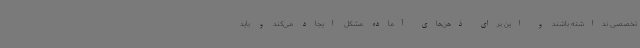
تخصصی نداشته باشند و این برای ذهن‌های آماده مشکل ایجاد می‌کند و باید